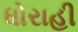
ધોરાહી